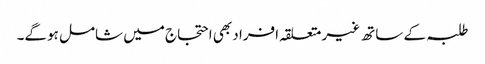
طلبہ کے ساتھ غیر متعلقہ افراد بھی احتجاج میں شامل ہوگے۔